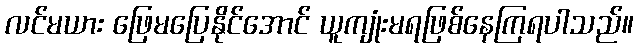
လင်မယား ဖြေမပြေနိုင်အောင် ယူကျုံးမရဖြစ်နေကြရပါသည်။